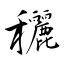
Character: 穲